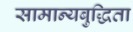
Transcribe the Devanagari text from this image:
सामान्यबुद्धिता